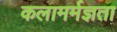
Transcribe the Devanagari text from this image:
कलामर्मज्ञता